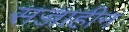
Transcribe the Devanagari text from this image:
सज्जाहीन